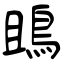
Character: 鴡